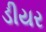
ડીયર